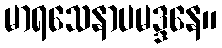
မာရသေနာပမဒ္ဒနေ။